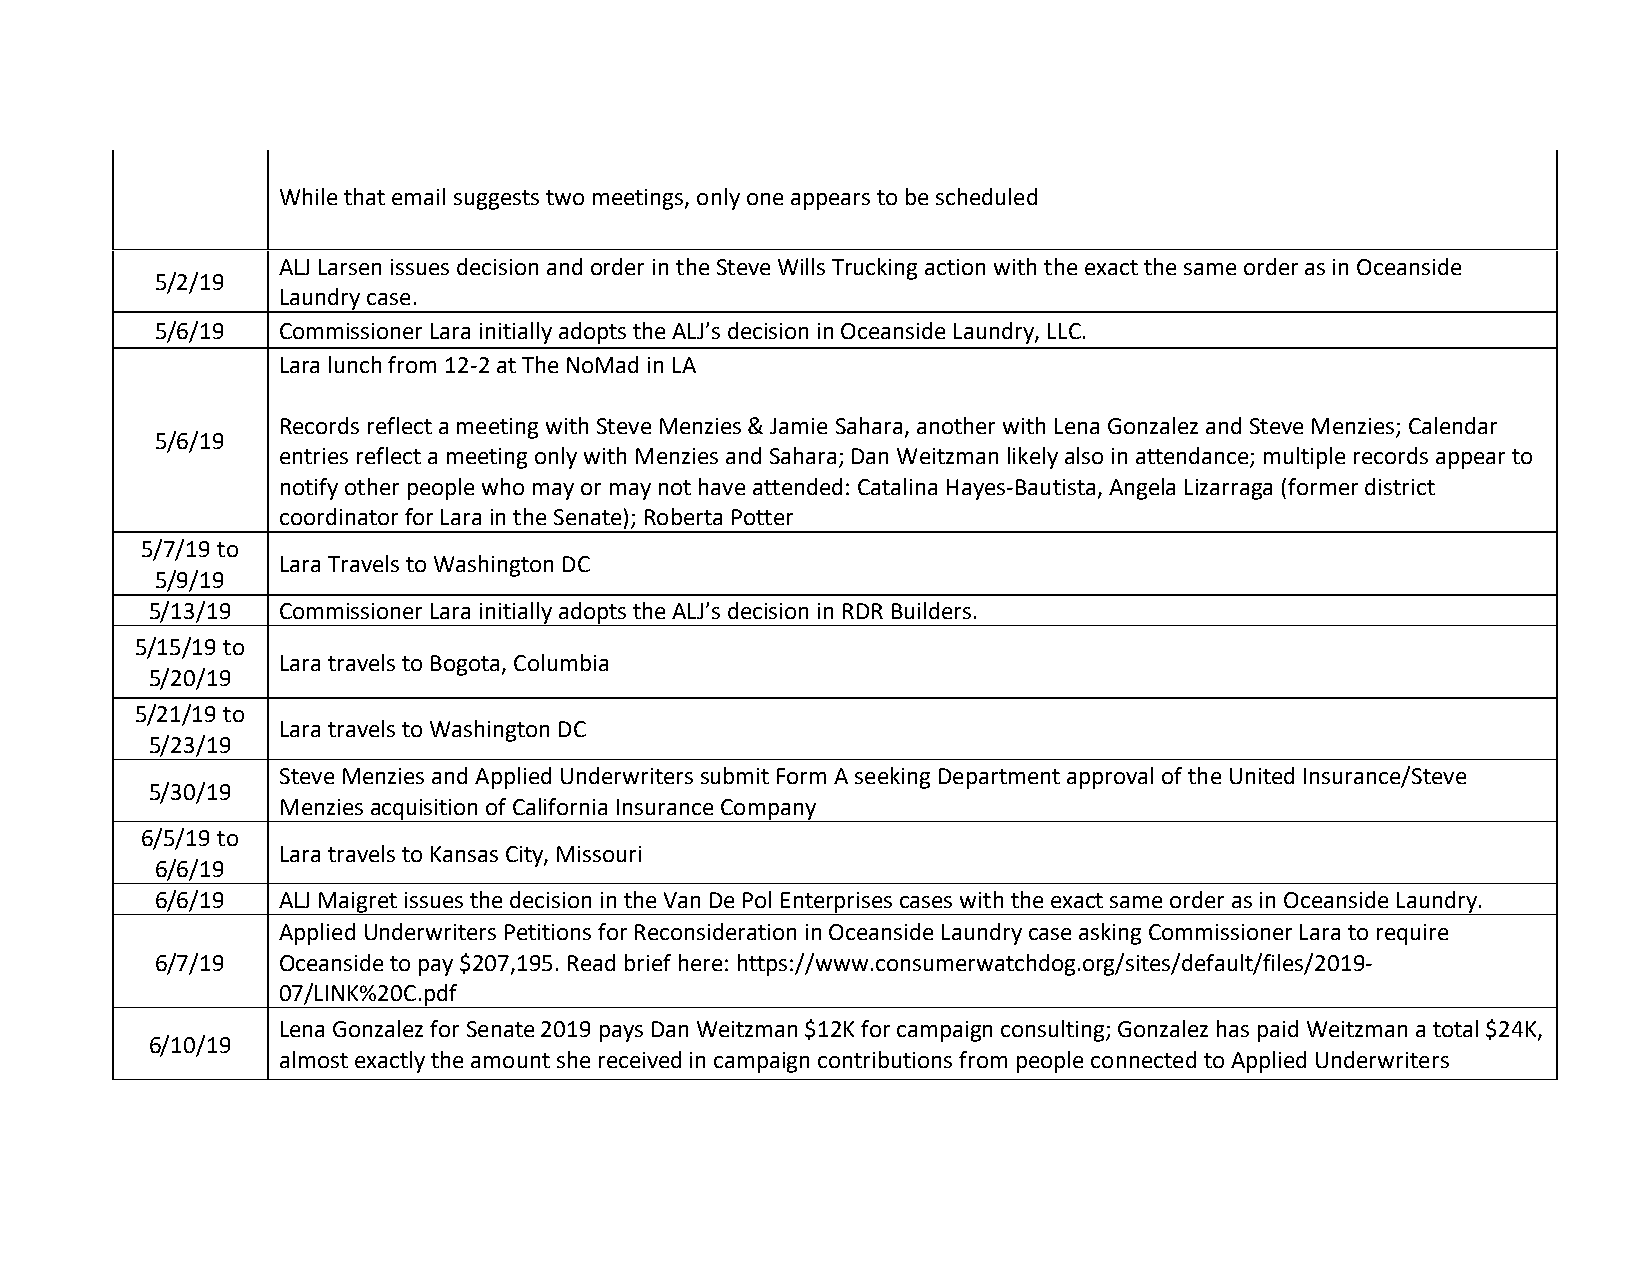
While that email suggests two meetings, only one appears to be scheduled
 ALJ Larsen issues decision and order in the Steve Wills Trucking action with the exact the same order as in Oceanside
 5/2/19
 Laundry case.
 5/6/19  Commissioner Lara initially adopts the ALJ’s decision in Oceanside Laundry, LLC.
 Lara lunch from 12-2 at The NoMad in LA
 Records reflect a meeting with Steve Menzies & Jamie Sahara, another with Lena Gonzalez and Steve Menzies; Calendar
 5/6/19
 entries reflect a meeting only with Menzies and Sahara; Dan Weitzman likely also in attendance; multiple records appear to
 notify other people who may or may not have attended: Catalina Hayes-Bautista, Angela Lizarraga (former district
 coordinator for Lara in the Senate); Roberta Potter
 5/7/19 to
 Lara Travels to Washington DC
 5/9/19
 5/13/19 Commissioner Lara initially adopts the ALJ’s decision in RDR Builders.
 5/15/19 to
 Lara travels to Bogota, Columbia
 5/20/19
 5/21/19 to
 Lara travels to Washington DC
 5/23/19
 Steve Menzies and Applied Underwriters submit Form A seeking Department approval of the United Insurance/Steve
 5/30/19
 Menzies acquisition of California Insurance Company
 6/5/19 to
 Lara travels to Kansas City, Missouri
 6/6/19
 6/6/19  ALJ Maigret issues the decision in the Van De Pol Enterprises cases with the exact same order as in Oceanside Laundry.
 Applied Underwriters Petitions for Reconsideration in Oceanside Laundry case asking Commissioner Lara to require
 6/7/19  Oceanside to pay $207,195. Read brief here: https://www.consumerwatchdog.org/sites/default/files/2019-
 07/LINK%20C.pdf
 Lena Gonzalez for Senate 2019 pays Dan Weitzman $12K for campaign consulting; Gonzalez has paid Weitzman a total $24K,
 6/10/19
 almost exactly the amount she received in campaign contributions from people connected to Applied Underwriters